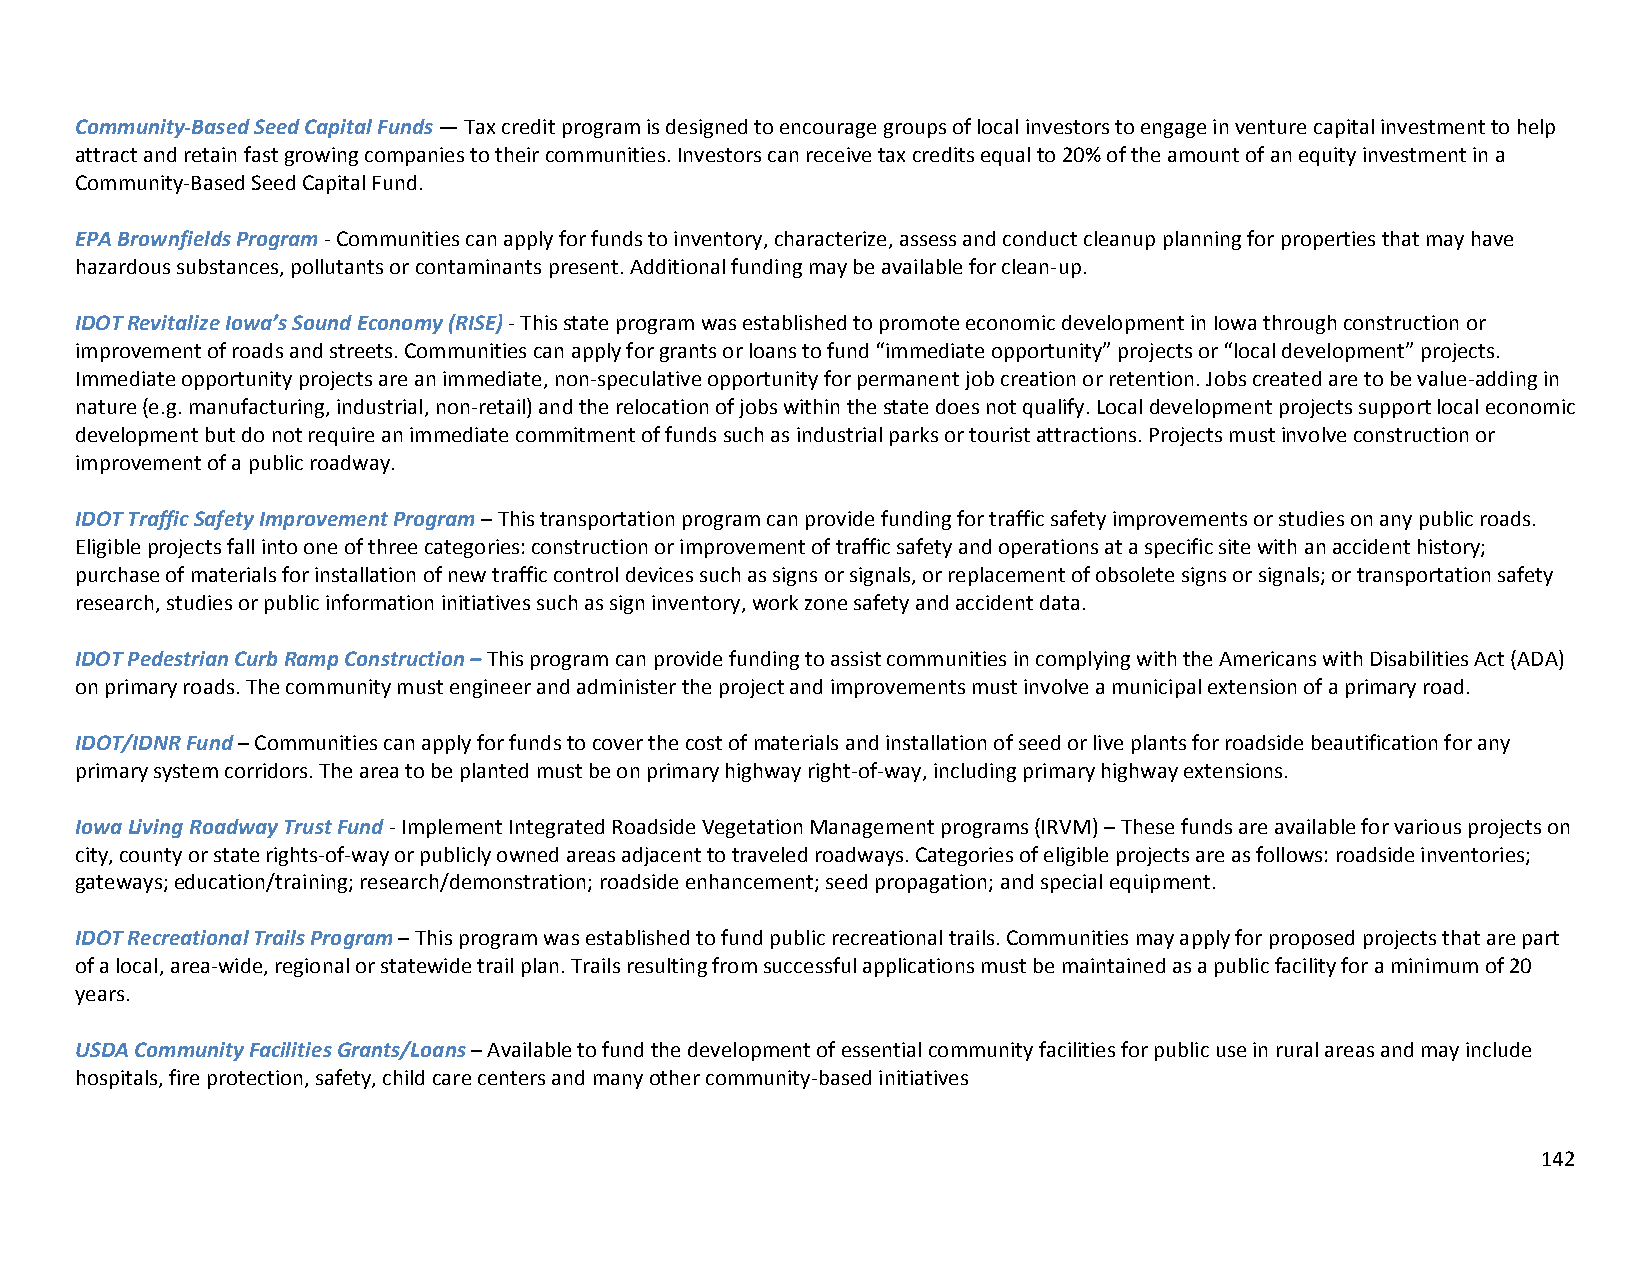
Community‐Based Seed Capital Funds — Tax credit program is designed to encourage groups of local investors to engage in venture capital investment to help
 attract and retain fast growing companies to their communities. Investors can receive tax credits equal to 20% of the amount of an equity investment in a
 Community‐Based Seed Capital Fund.
 EPA Brownfields Program ‐ Communities can apply for funds to inventory, characterize, assess and conduct cleanup planning for properties that may have
 hazardous substances, pollutants or contaminants present. Additional funding may be available for clean‐up.
 IDOT Revitalize Iowa’s Sound Economy (RISE) ‐ This state program was established to promote economic development in Iowa through construction or
 improvement of roads and streets. Communities can apply for grants or loans to fund “immediate opportunity” projects or “local development” projects.
 Immediate opportunity projects are an immediate, non‐speculative opportunity for permanent job creation or retention. Jobs created are to be value‐adding in
 nature (e.g. manufacturing, industrial, non‐retail) and the relocation of jobs within the state does not qualify. Local development projects support local economic
 development but do not require an immediate commitment of funds such as industrial parks or tourist attractions. Projects must involve construction or
 improvement of a public roadway.
 IDOT Traffic Safety Improvement Program – This transportation program can provide funding for traffic safety improvements or studies on any public roads.
 Eligible projects fall into one of three categories: construction or improvement of traffic safety and operations at a specific site with an accident history;
 purchase of materials for installation of new traffic control devices such as signs or signals, or replacement of obsolete signs or signals; or transportation safety
 research, studies or public information initiatives such as sign inventory, work zone safety and accident data.
 IDOT Pedestrian Curb Ramp Construction – This program can provide funding to assist communities in complying with the Americans with Disabilities Act (ADA)
 on primary roads. The community must engineer and administer the project and improvements must involve a municipal extension of a primary road.
 IDOT/IDNR Fund – Communities can apply for funds to cover the cost of materials and installation of seed or live plants for roadside beautification for any
 primary system corridors. The area to be planted must be on primary highway right‐of‐way, including primary highway extensions.
 Iowa Living Roadway Trust Fund ‐ Implement Integrated Roadside Vegetation Management programs (IRVM) – These funds are available for various projects on
 city, county or state rights‐of‐way or publicly owned areas adjacent to traveled roadways. Categories of eligible projects are as follows: roadside inventories;
 gateways; education/training; research/demonstration; roadside enhancement; seed propagation; and special equipment.
 IDOT Recreational Trails Program – This program was established to fund public recreational trails. Communities may apply for proposed projects that are part
 of a local, area‐wide, regional or statewide trail plan. Trails resulting from successful applications must be maintained as a public facility for a minimum of 20
 years.
 USDA Community Facilities Grants/Loans – Available to fund the development of essential community facilities for public use in rural areas and may include
 hospitals, fire protection, safety, child care centers and many other community‐based initiatives
 142